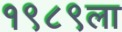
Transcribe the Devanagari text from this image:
१९८९ला